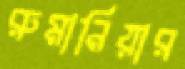
রুমানিয়ার